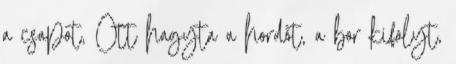
a csapot, Ott hagyta a hordót, a bor kifolyt,